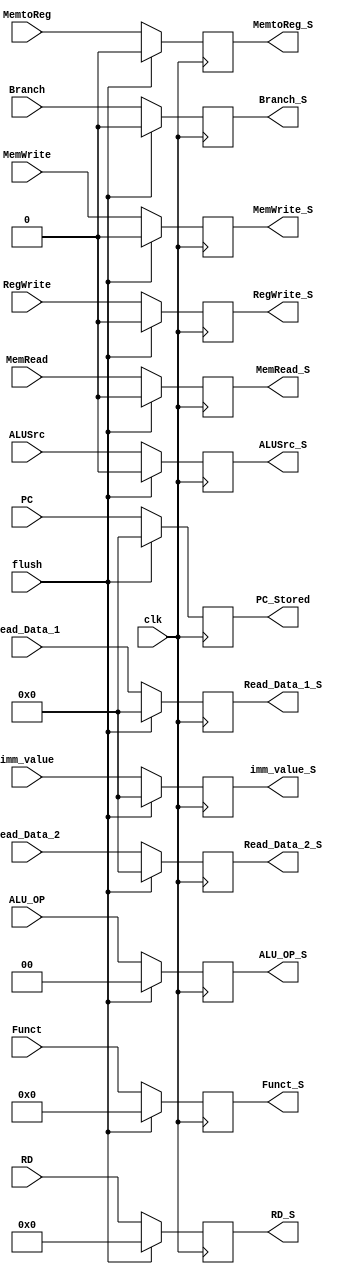
`timescale 1ns / 1ps

module ID_EX_Reg(
    input flush,
    input clk, 
    input [63:0] PC, Read_Data_1, Read_Data_2, imm_value,
    input [3:0] Funct,
    input [4:0] RD,
    input MemtoReg, RegWrite, Branch, MemWrite, MemRead, ALUSrc, 
    input [1:0] ALU_OP,
    
    output reg [63:0] PC_Stored, Read_Data_1_S, Read_Data_2_S, imm_value_S,
    output reg [3:0] Funct_S,
    output reg [4:0] RD_S,
    output reg MemtoReg_S, RegWrite_S, Branch_S, MemWrite_S, MemRead_S, ALUSrc_S, 
    output reg [1:0] ALU_OP_S
);

    always @ (posedge clk)
    begin
        if (flush)
        begin 
            PC_Stored = 0;
            Read_Data_1_S = 0;
            Read_Data_2_S = 0;
            imm_value_S = 0;
            Funct_S = 0;
            RD_S = 0;
            RegWrite_S = 0;
            MemtoReg_S= 0;
            Branch_S = 0;
            MemWrite_S = 0;
            MemRead_S = 0;
            ALUSrc_S = 0;
            ALU_OP_S = 0;
        end
        else begin
            PC_Stored = PC;
            Read_Data_1_S = Read_Data_1;
            Read_Data_2_S = Read_Data_2;
            imm_value_S = imm_value;
            Funct_S = Funct;
            RD_S = RD;
            RegWrite_S = RegWrite;
            MemtoReg_S= MemtoReg;
            Branch_S = Branch;
            MemWrite_S = MemWrite;
            MemRead_S = MemRead;
            ALUSrc_S = ALUSrc;
            ALU_OP_S = ALU_OP; 
       end
    end
    
endmodule